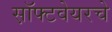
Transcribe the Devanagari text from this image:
स़ॉफ्टवेयरचे